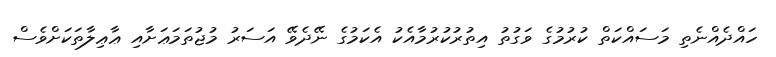
ހައްދެއްނެތި މަސައްކަތް ކުރުމުގެ ވަގުތު އިތުރުކުރުމާއެކު އެކަމުގެ ނޭދެވޭ އަސަރު މުޖުތަމަޢަށާއި ޢާޢިލާތަކަށްވެސް